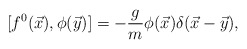
\begin{align*}[f^{0}(\vec{x}),\phi(\vec{y})]=-\frac{g}{m}\phi(\vec{x})\delta(\vec{x}-\vec{y}),\end{align*}